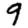
Digit: 9